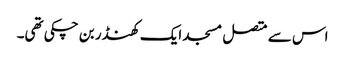
اس سے متصل مسجد ایک کھنڈر بن چکی تھی۔